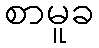
စာမူခ